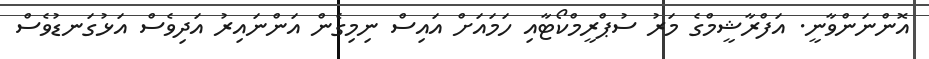
އޮންނަންވާނީ. އަފްރާޝީމްގެ މަރު ސުޕްރީމްކޯޓާއި ހަަމައަށް އައިސް ނިމިގެން އަންނައިރު އަދިވެސް އަޅުގަނޑުވެސް